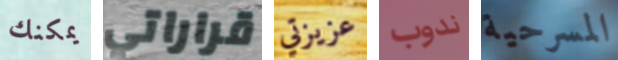
يمكنك قراراتي عزيزتي ندوب المسرحية